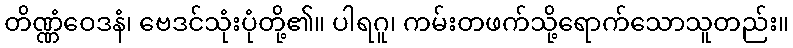
တိဏ္ဏံဝေဒနံ၊ ဗေဒင်သုံးပုံတို့၏။ ပါရဂူ၊ ကမ်းတဖက်သို့ရောက်သောသူတည်း။